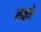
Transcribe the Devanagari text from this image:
नवमे